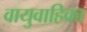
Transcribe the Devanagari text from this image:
वायुवाहिका